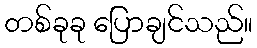
တစ်ခုခု ပြောချင်သည်။